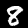
Digit: 8